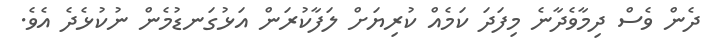
ދެން ވެސް ދިމާވެދާނެ މިފަދަ ކަމެއް ކުރިޔަށް ލަފާކުރަން އަޅުގަނޑުމެން ނުކުޅެދެ އެވެ.